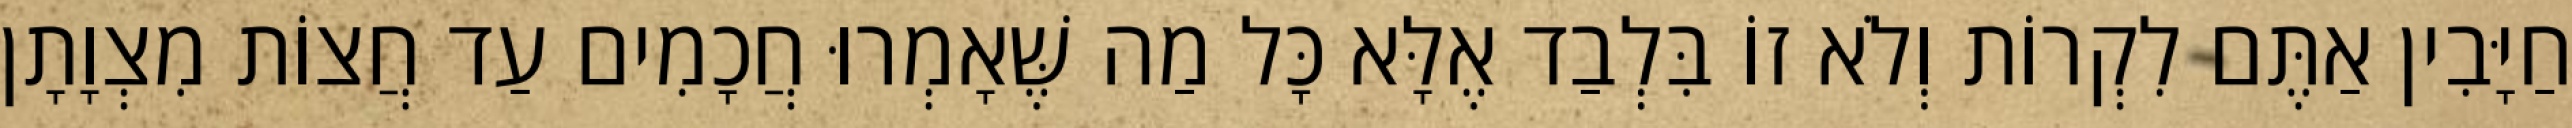
חַיָּבִין אַתֶּם לִקְרוֹת וְלֹא זוֹ בִּלְבַד אֶלָּא כָּל מַה שֶּׁאָמְרוּ חֲכָמִים עַד חֲצוֹת מִצְוָתָן